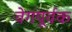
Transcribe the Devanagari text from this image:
वेगपूर्वक